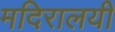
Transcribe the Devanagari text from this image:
मदिरालयी